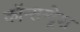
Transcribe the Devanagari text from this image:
कॉन्सन्ट्रेश